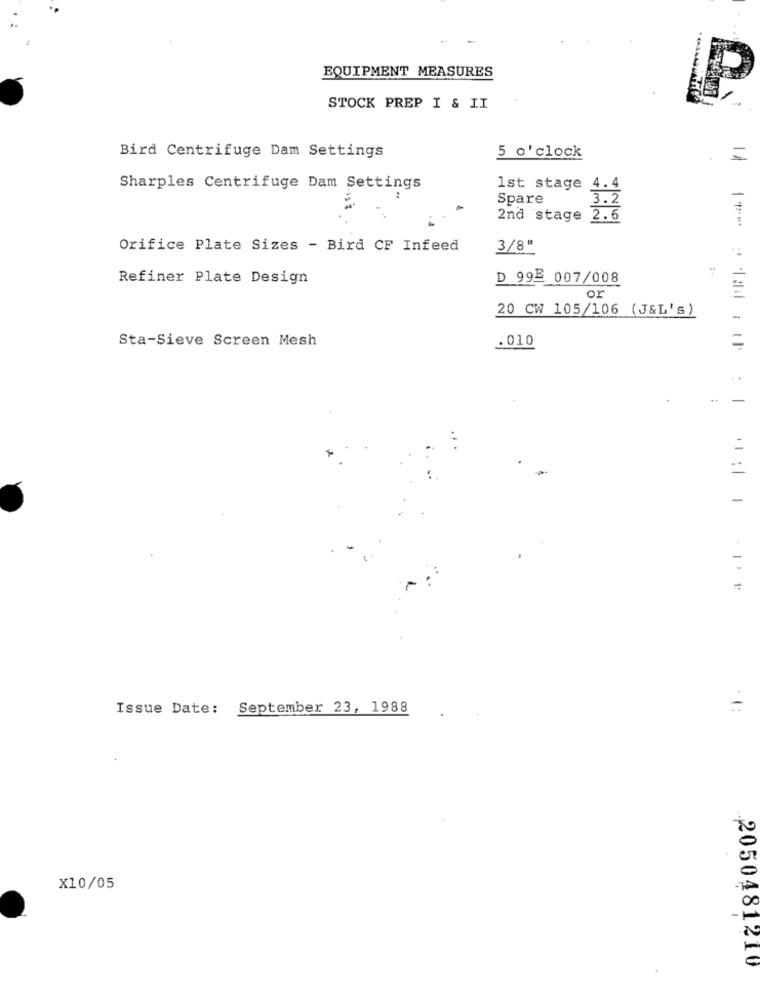
-
EQUIPMENT MEASURES
P
STOCK PREP I & II
Bird Centrifuge Dam Settings
5 o'clock
=
Sharples Centrifuge Dam Settings
1st stage 4.4
Spare
3.2
2nd stage 2.6
Orifice Plate Sizes - Bird CF Infeed
3/8"
Refiner Plate Design
D 99- 007/008
or
20 CW 105/106 (J&L's)
Sta-Sieve Screen Mesh
. 010
-
-
Issue Date: September 23, 1988
X10/05
.. 2050481210